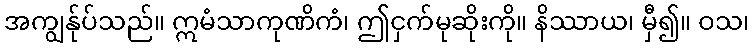
အကျွန်ုပ်သည်။ ဣမံသာကုဏိကံ၊ ဤငှက်မုဆိုးကို။ နိဿာယ၊ မှီ၍။ ဝသ၊